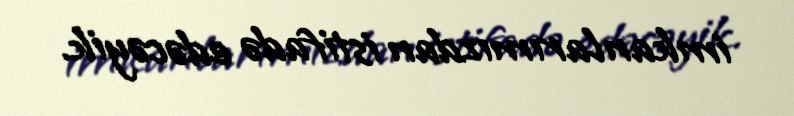
imkanlarımızdan istifadə edəcəyik.